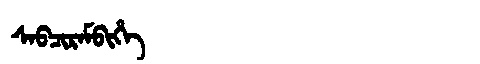
Manchu: ᠰᠠᠪᠴᡳᡵᠠᠮᠪᡳᡥᡝ
Romanization: SABCIRAMBIHE